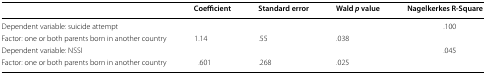
<table><thead><tr><td></td><td><b>Coefficient</b></td><td><b>Standard error</b></td><td><b>Wald <i>p</i> value</b></td><td><b>Nagelkerkes R-Square</b></td></tr></thead><tbody><tr><td>Dependent variable: suicide attempt</td><td></td><td></td><td></td><td>.100</td></tr><tr><td>Factor: one or both parents born in another country</td><td>1.14</td><td>.55</td><td>.038</td><td></td></tr><tr><td>Dependent variable: NSSI</td><td></td><td></td><td></td><td>.045</td></tr><tr><td>Factor: one or both parents born in another country</td><td>.601</td><td>.268</td><td>.025</td><td></td></tr></tbody></table>